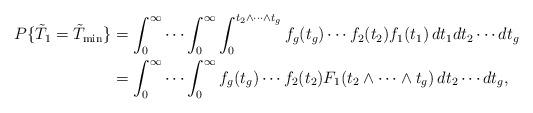
LaTeX: \begin{align*}P\{\tilde{T}_1 = \tilde{T}_{\min}\}& = \int_0^{\infty} \cdots \int_0^{\infty} \int_0^{t_2 \wedge \cdots \wedge t_g} f_g(t_g) \cdots f_2(t_2) f_1(t_1) \, dt_1 dt_2 \cdots dt_g\\& = \int_0^{\infty} \cdots \int_0^{\infty} f_g(t_g) \cdots f_2(t_2) F_1(t_2 \wedge \cdots \wedge t_g) \, dt_2 \cdots dt_g,\end{align*}